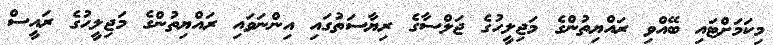
މިކަމަށްޓައި ބޭއްވި ރައްޔިތުންގެ މަޖިލީހުގެ ޖަލްސާގެ ރިޔާސަތުގައި އިންނަވައި ރައްޔިތުންގެ މަޖިލީހުގެ ރައީސް